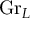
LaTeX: \mathrm { G r } _ { L }